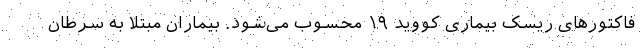
فاکتورهای ریسک بیماری کووید ۱۹ محسوب می‌شود. بیماران مبتلا به سرطان